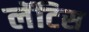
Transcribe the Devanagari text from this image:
लॅटिस